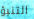
التنبؤ